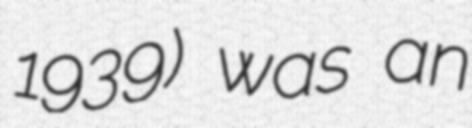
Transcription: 1939) was an